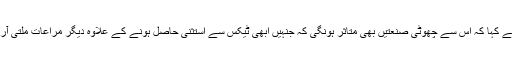
اُنہوں نے کہا کہ اس سے چھوٹی صنعتیں بھی متاثر ہونگی کہ جنہیں ابھی ٹیکس سے استثنیٰ حاصل ہونے کے علاوہ دیگر مراعات ملتی آرہی ہیں۔